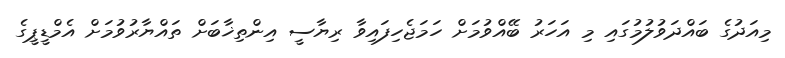
މިއަދުގެ ބައްދަވުލުމުގައި މި އަހަރު ބޭއްވުމަށް ހަމަޖެހިފައިވާ ރިޔާސީ އިންތިޚާބަށް ތައްޔާރުވުމަށް އެމްޑީޕީގެ